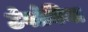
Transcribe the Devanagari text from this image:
ठेवोनिया